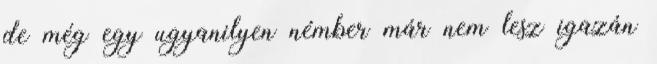
de még egy ugyanilyen némber már nem lesz igazán